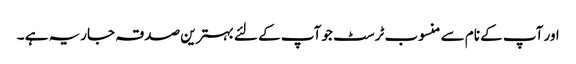
اور آپ کے نام سے منسوب ٹرسٹ جو آپ کے لئے بہترین صدقہ جاریہ ہے ۔